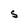
Character: s